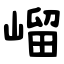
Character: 嵧